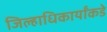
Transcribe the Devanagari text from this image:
जिल्हाधिकार्यांकडे